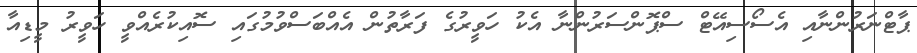
ޕާޓްނަރުންނާއި އެސޯސިއޭޓް ސްޕޮންސަރުންނާ އެކު ހަވީރުގެ ފަރާތުން އެއްބަސްވުމުގައި ސޮއިކުރެއްވީ ހަވީރު މީޑިއާ